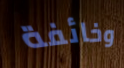
وخائفة